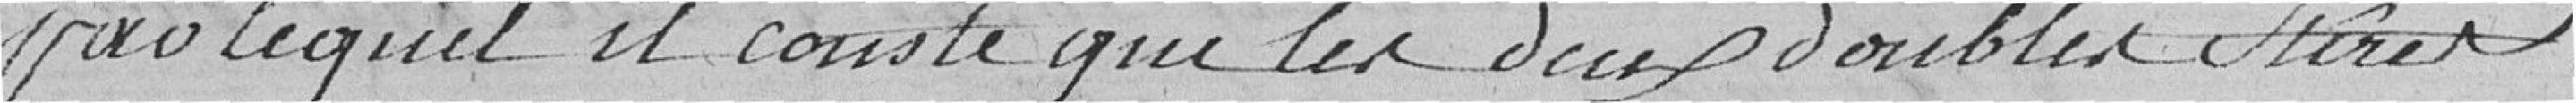
par lequel il couste que les deux doubles